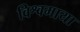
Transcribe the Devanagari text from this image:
विश्वमाया